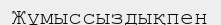
Жұмыссыздықпен